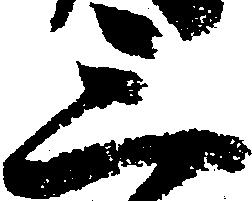
三